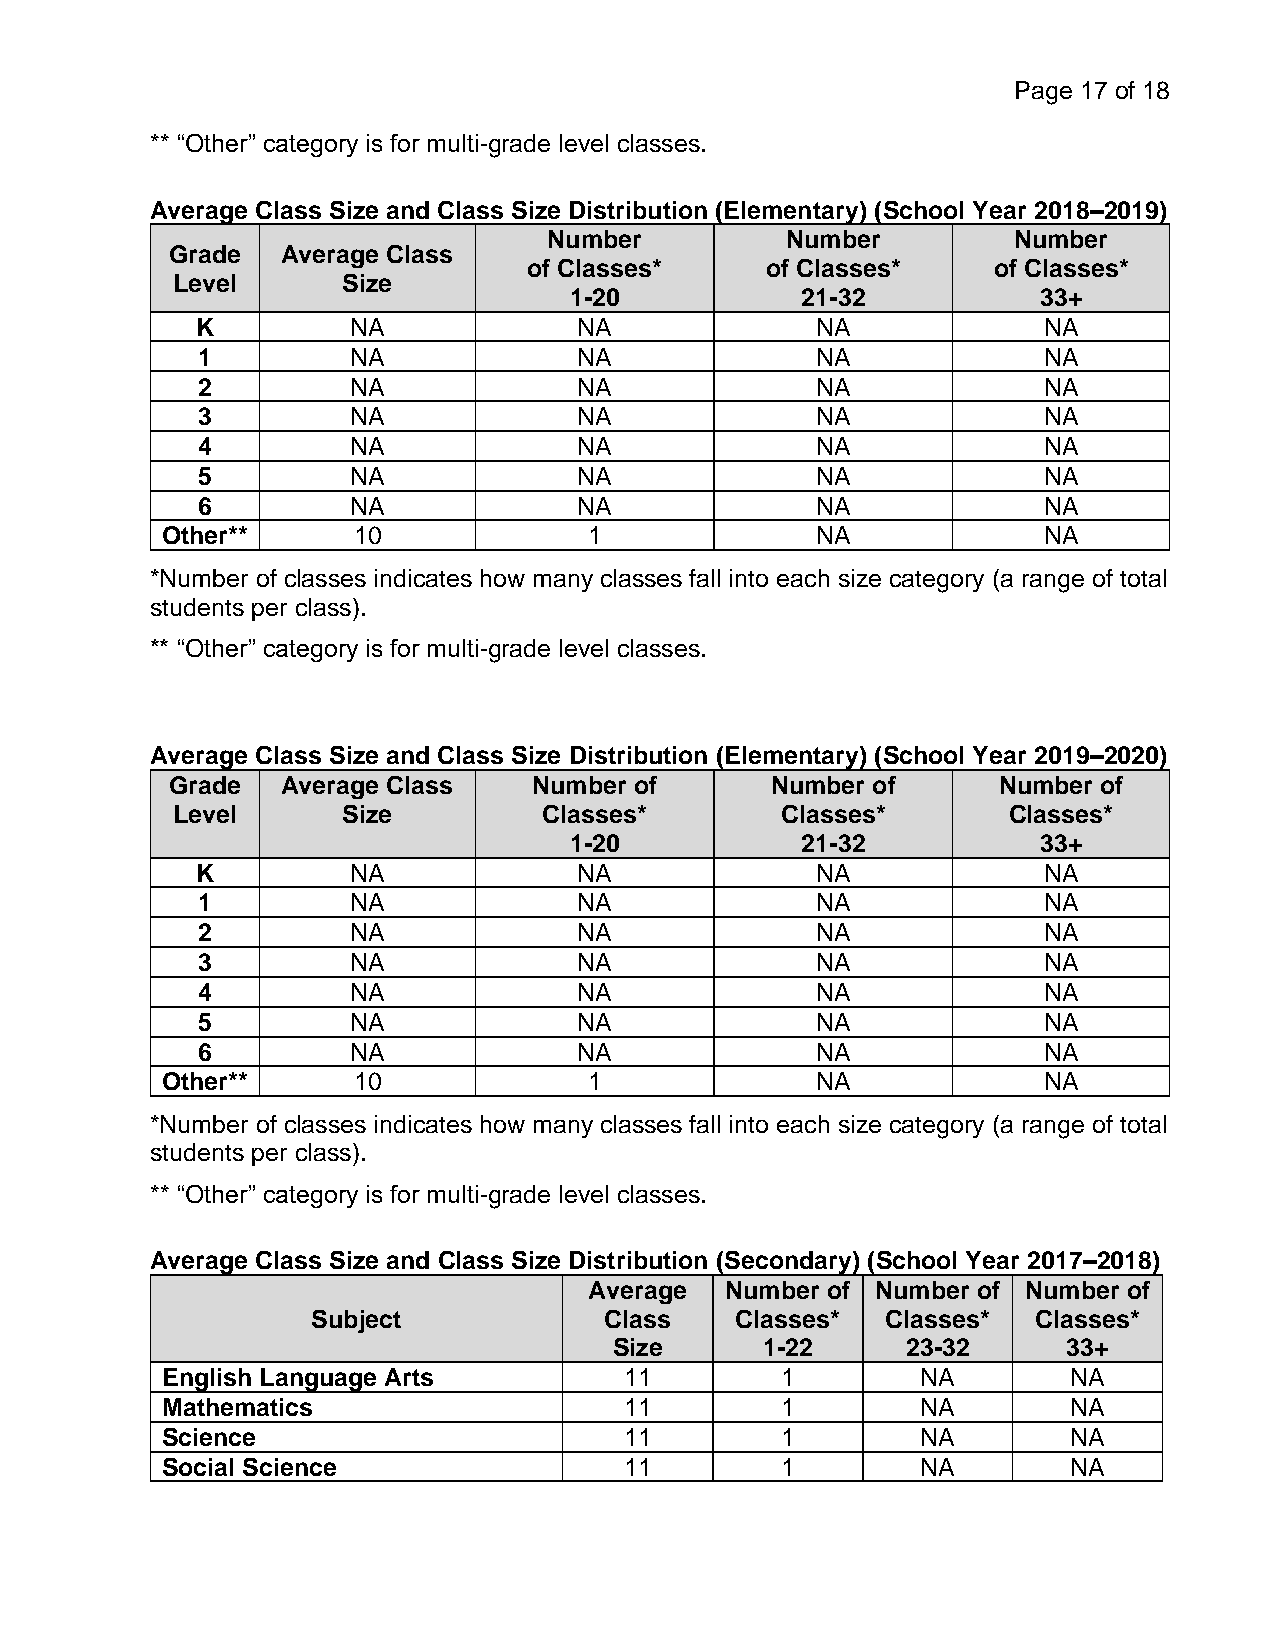
Page 17 of 18
 ** “Other” category is for multi-grade level classes.
 Average Class Size and Class Size Distribution (Elementary) (School Year 2018–2019)
 Number          Number         Number
 Grade   Average Class
 of Classes*     of Classes*    of Classes*
 Level       Size
 1-20           21-32           33+
 K         NA             NA              NA             NA
 1         NA             NA              NA             NA
 2         NA             NA              NA             NA
 3         NA             NA              NA             NA
 4         NA             NA              NA             NA
 5         NA             NA              NA             NA
 6         NA             NA              NA             NA
 Other**     10              1              NA             NA
 *Number of classes indicates how many classes fall into each size category (a range of total
 students per class).
 ** “Other” category is for multi-grade level classes.
 Average Class Size and Class Size Distribution (Elementary) (School Year 2019–2020)
 Grade   Average Class   Number of       Number of      Number of
 Level       Size         Classes*        Classes*       Classes*
 1-20           21-32           33+
 K         NA             NA              NA             NA
 1         NA             NA              NA             NA
 2         NA             NA              NA             NA
 3         NA             NA              NA             NA
 4         NA             NA              NA             NA
 5         NA             NA              NA             NA
 6         NA             NA              NA             NA
 Other**     10              1              NA             NA
 *Number of classes indicates how many classes fall into each size category (a range of total
 students per class).
 ** “Other” category is for multi-grade level classes.
 Average Class Size and Class Size Distribution (Secondary) (School Year 2017–2018)
 Average  Number of Number of Number of
 Subject            Class    Classes*  Classes*  Classes*
 Size     1-22      23-32      33+
 English Language Arts         11         1        NA        NA
 Mathematics                   11         1        NA        NA
 Science                       11         1        NA        NA
 Social Science                11         1        NA        NA